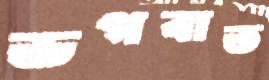
ভগবাত